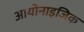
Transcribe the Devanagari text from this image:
आयोनाइजिक